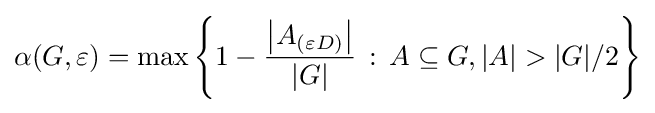
\alpha (G,\varepsilon )=\max \left\{1-{\frac {\left|A_{(\varepsilon D)}\right|}{|G|}}\,:\,A\subseteq G,|A|>|G|/2\right\}